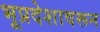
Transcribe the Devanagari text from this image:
भूप्रदेशावरून